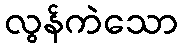
လွန်ကဲသော